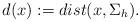
LaTeX: \begin{align*}d(x):=dist(x,\Sigma_h).\end{align*}